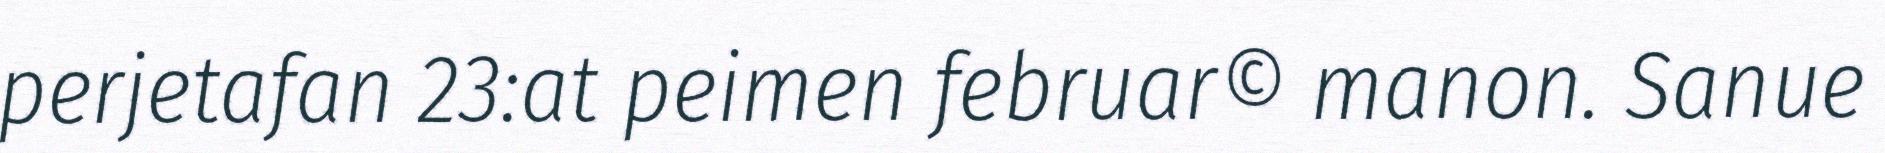
perjetafan 23:at peimen februar© manon. Sanue